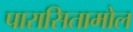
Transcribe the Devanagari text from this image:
पारासितामोल